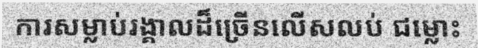
ការសម្លាប់រង្គាលដ៏ច្រើនលើសលប់ ជម្លោះ